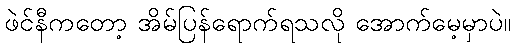
ဖဲင်နီကတော့ အိမ်ပြန်ရောက်ရသလို အောက်မေ့မှာပဲ။